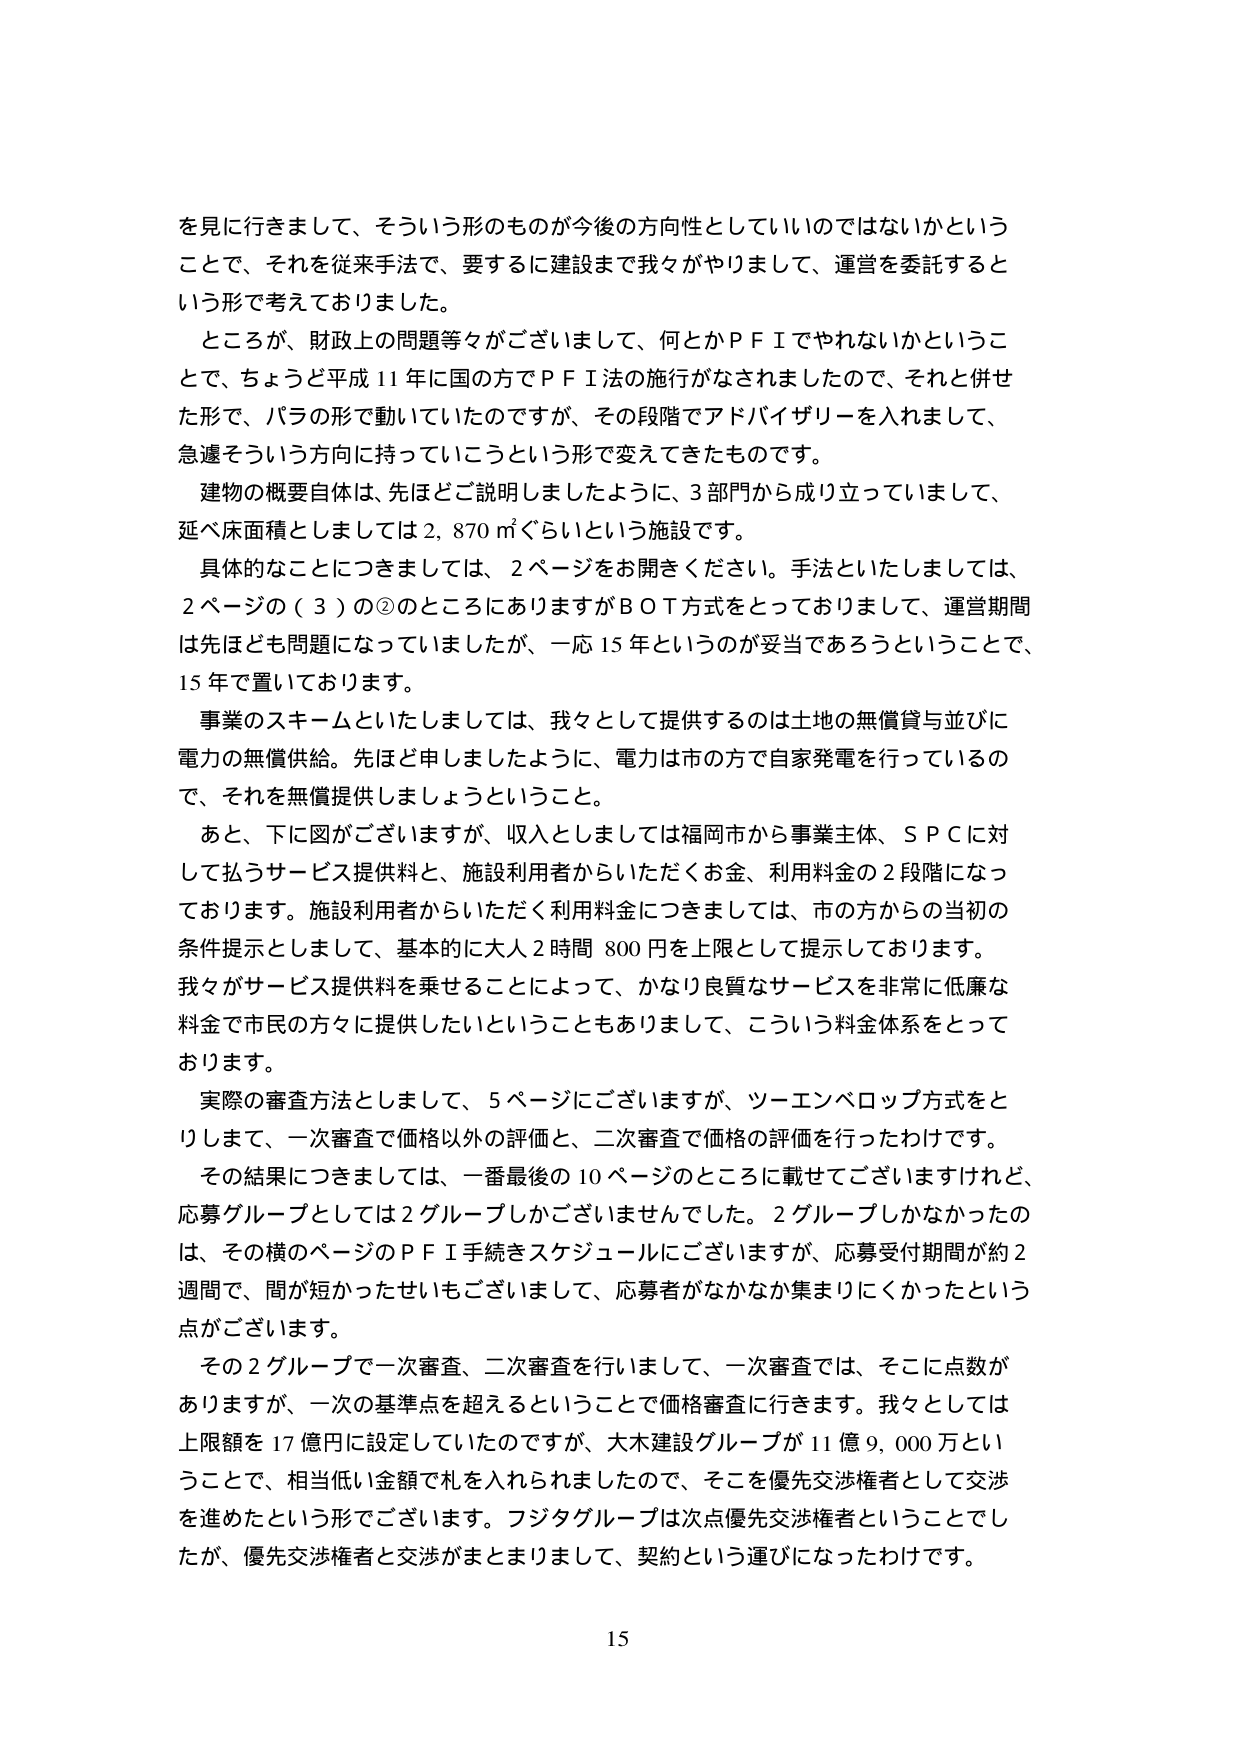
を見に行きまして、そういう形のものが今後の方向性としていいのではないかということで、それを従来手法で、要するに建設まで我々がやりまして、運営を委託するという形で考えておりました。

ところが、財政上の問題等々がございまして、何とかＰＦＩでやれないかということで、ちょうど平成11年に国の方でＰＦＩ法の施行がなされましたので、それと併せた形で、バラの形で動いていたのですが、その段階でアドバイザリーを入れまして、急遽そういう方向に持っていこうという形で変えてきたものです。

建物の概要自体は、先ほどご説明しましたように、3部門から成り立っていまして、延べ床面積としましては2,870㎡ぐらいという施設です。

具体的事情につきましては、2ページをお開きください。手法といたしましては、2ページの（3）の②のところにありますがＢＯＴ方式をとっておりまして、運営期間は先ほども問題になっていましたが、一応15年というのが妥当であろうということで、15年で置いております。

事業のスキームといたしましては、我々として提供するのは土地の無償貸与並びに電力の無償供給。先ほど申しましたように、電力は市の方で自家発電を行っているので、それを無償提供しましょうということ。

あと、下に図がございますが、収入としましては福岡市から事業主体、ＳＰＣに対して払うサービス提供料と、施設利用者からいただくお金、利用料金の2段階になっております。施設利用者からいただく利用料金につきましては、市の方からの当初の条件提示としまして、基本的に大人2時間800円を上限として提示しております。我々がサービス提供料を乗せることによって、かなり良質なサービスを非常に低廉な料金で市民の方々に提供したいということもありまして、こういう料金体系をとっております。

実際の審査方法としまして、5ページにございますが、ツーエンベロップ方式をとりまして、一次審査で価格以外の評価と、二次審査で価格の評価を行ったわけです。

その結果につきましては、一番最後の10ページのところに載せてございますけれど、応募グループとしては2グループしかございませんでした。2グループしかなかったのは、その横のページのＰＦＩ手続きスケジュールにございますが、応募受付期間が約2週間で、間が短かったせいもございまして、応募者がなかなか集まりにくかったという点がございます。

その2グループで一次審査、二次審査を行いまして、一次審査では、そこに点数がありますが、一次の基準点を超えるということで価格審査に行きます。我々としては上限額を17億円に設定していたのですが、大木建設グループが11億9,000万ということで、相当低い金額で札を入れられましたので、そこを優先交渉権者として交渉を進めたという形でございます。フジタグループは次点優先交渉権者ということでしたが、優先交渉権者と交渉がまとまりまして、契約という運びになったわけです。

15